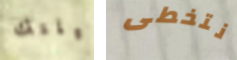
ليلتك نتخطى